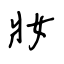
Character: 妝